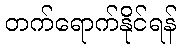
တက်ရောက်နိုင်ရန်